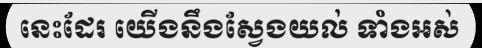
នេះដែរ យើងនឹងស្វែងយល់ ទាំងអស់